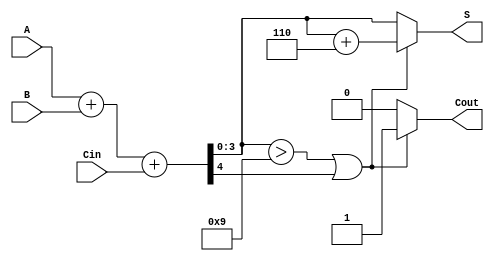
module BCD_Fast_Adder (
    input [3:0] A,      // 4-bit BCD input A
    input [3:0] B,      // 4-bit BCD input B
    input Cin,          // Carry-in
    output reg [3:0] S, // 4-bit BCD output S
    output reg Cout     // Carry-out
);

    wire [4:0] Sum;         // 5-bit sum to accommodate carry
    wire Cout_int;          // Internal carry-out from binary addition
    wire [3:0] Corrected_Sum; // Sum after correction
    wire Correction_Required;  // Flag for correction

    // Binary addition of A, B and Cin
    assign Sum = A + B + Cin; // 5-bit sum
    assign Cout_int = Sum[4]; // Internal carry-out

    // Check if correction is needed (Sum > 9 or Cout_int = 1)
    assign Correction_Required = (Sum[3:0] > 4'b1001) || Cout_int;

    // Correction logic
    always @(*) begin
        if (Correction_Required) begin
            // Add 6 (0110) to the sum if correction is needed
            Corrected_Sum = Sum[3:0] + 4'b0110;
            Cout = 1; // Set carry-out
        end else begin
            Corrected_Sum = Sum[3:0]; // No correction needed
            Cout = 0; // No carry-out
        end
        S = Corrected_Sum; // Assign the final BCD sum
    end

endmodule